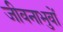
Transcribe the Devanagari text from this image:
जीवनाभुवों